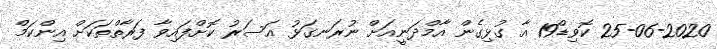
25-06-2020 ކޮވިޑް19 އާ ގުޅިގެން އާމްދަނީއަށް ނުރަނގަޅު އަސަރު ކޮށްފައިވާ ފަރާތްތަކަށް އިންކަމް